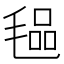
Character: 𭯞